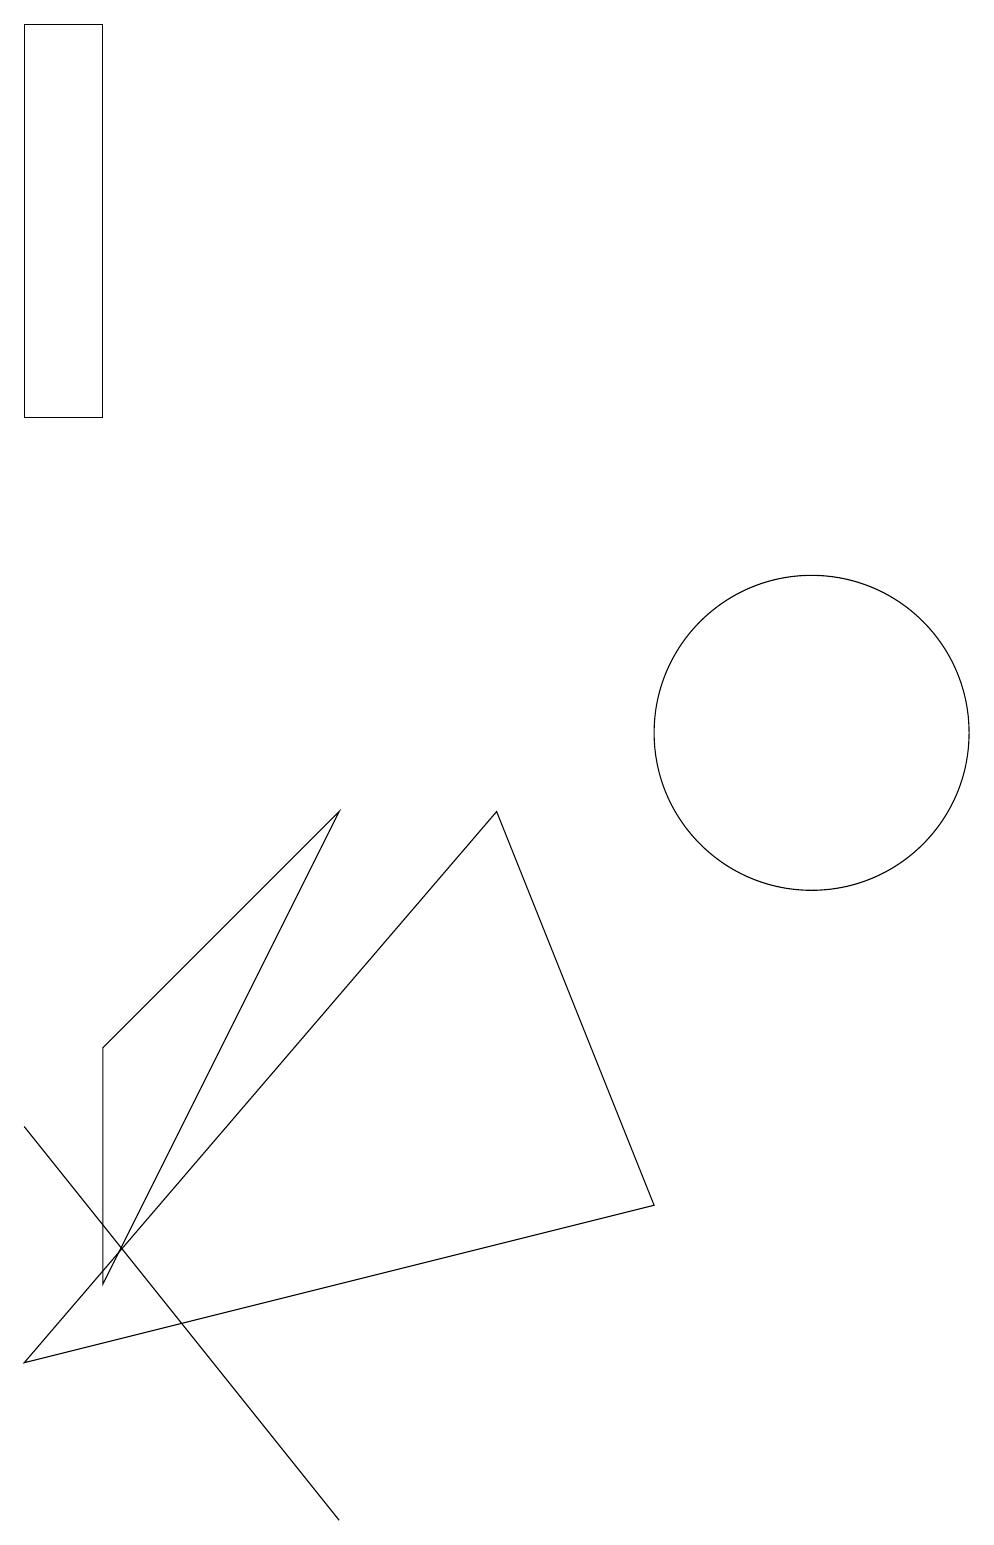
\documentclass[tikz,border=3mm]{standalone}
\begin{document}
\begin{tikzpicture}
\draw (2,6) -- (2,3) -- (5,9) -- cycle;
\draw (9,4) -- (1,2) -- (7,9) -- cycle;
\draw (1,5) -- (5,0) -- (1,5) -- cycle;
\draw (11,10) circle (2);
\draw (1,19) rectangle (2,14);
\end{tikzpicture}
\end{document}